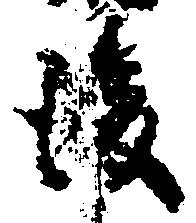
後